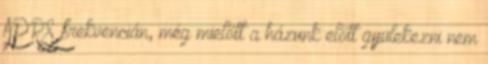
APRS frekvencián, még mielőtt a házunk előtt gyülekezni nem